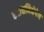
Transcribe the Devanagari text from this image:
कटाक्षनिक्षेपेण